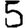
Digit: 5